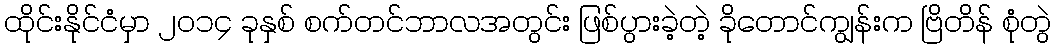
ထိုင်းနိုင်ငံမှာ ၂၀၁၄ ခုနှစ် စက်တင်ဘာလအတွင်း ဖြစ်ပွားခဲ့တဲ့ ခိုတောင်ကျွန်းက ဗြိတိန် စုံတွဲ